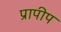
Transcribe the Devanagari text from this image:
प्रापीप